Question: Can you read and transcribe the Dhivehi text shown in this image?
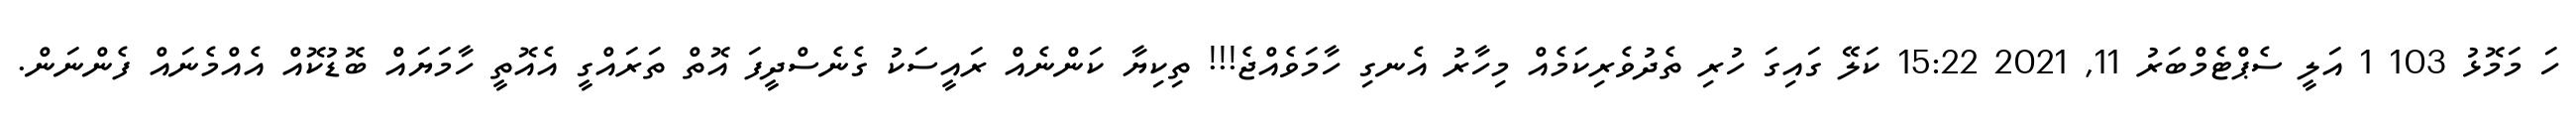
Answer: ހަ މަމޮޅު 103 1 އަލީ ސެޕްޓެމްބަރު 11, 2021 15:22 ކަލޭ ގައިގަ ހުރި ތެދުވެރިކަމެއް މިހާރު އެނގި ހާމަވެއްޖެ!!! ތިކިޔާ ކަންނެއް ރައީސަކު ގެނެސްދީފަ އޮތް ތަރައްގީ އެއޮތީ ހާމަޔައް ބޮޑުކޮއް އެއްމެނައް ފެންނަން.